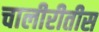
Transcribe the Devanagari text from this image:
चालीरीतीस